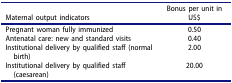
| Maternal output indicators | Bonus per unit in US$ |
 | --- | --- |
 | Pregnant woman fully immunized | 0.50 |
 | Antenatal care: new and standard visits | 0.40 |
 | Institutional delivery by qualified staff (normal birth) | 2.00 |
 | Institutional delivery by qualified staff (caesarean) | 20.00 |